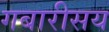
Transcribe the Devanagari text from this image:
गबारीसय